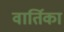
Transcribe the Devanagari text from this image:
वार्तिका